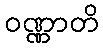
ဝဏ္ဏာတိ